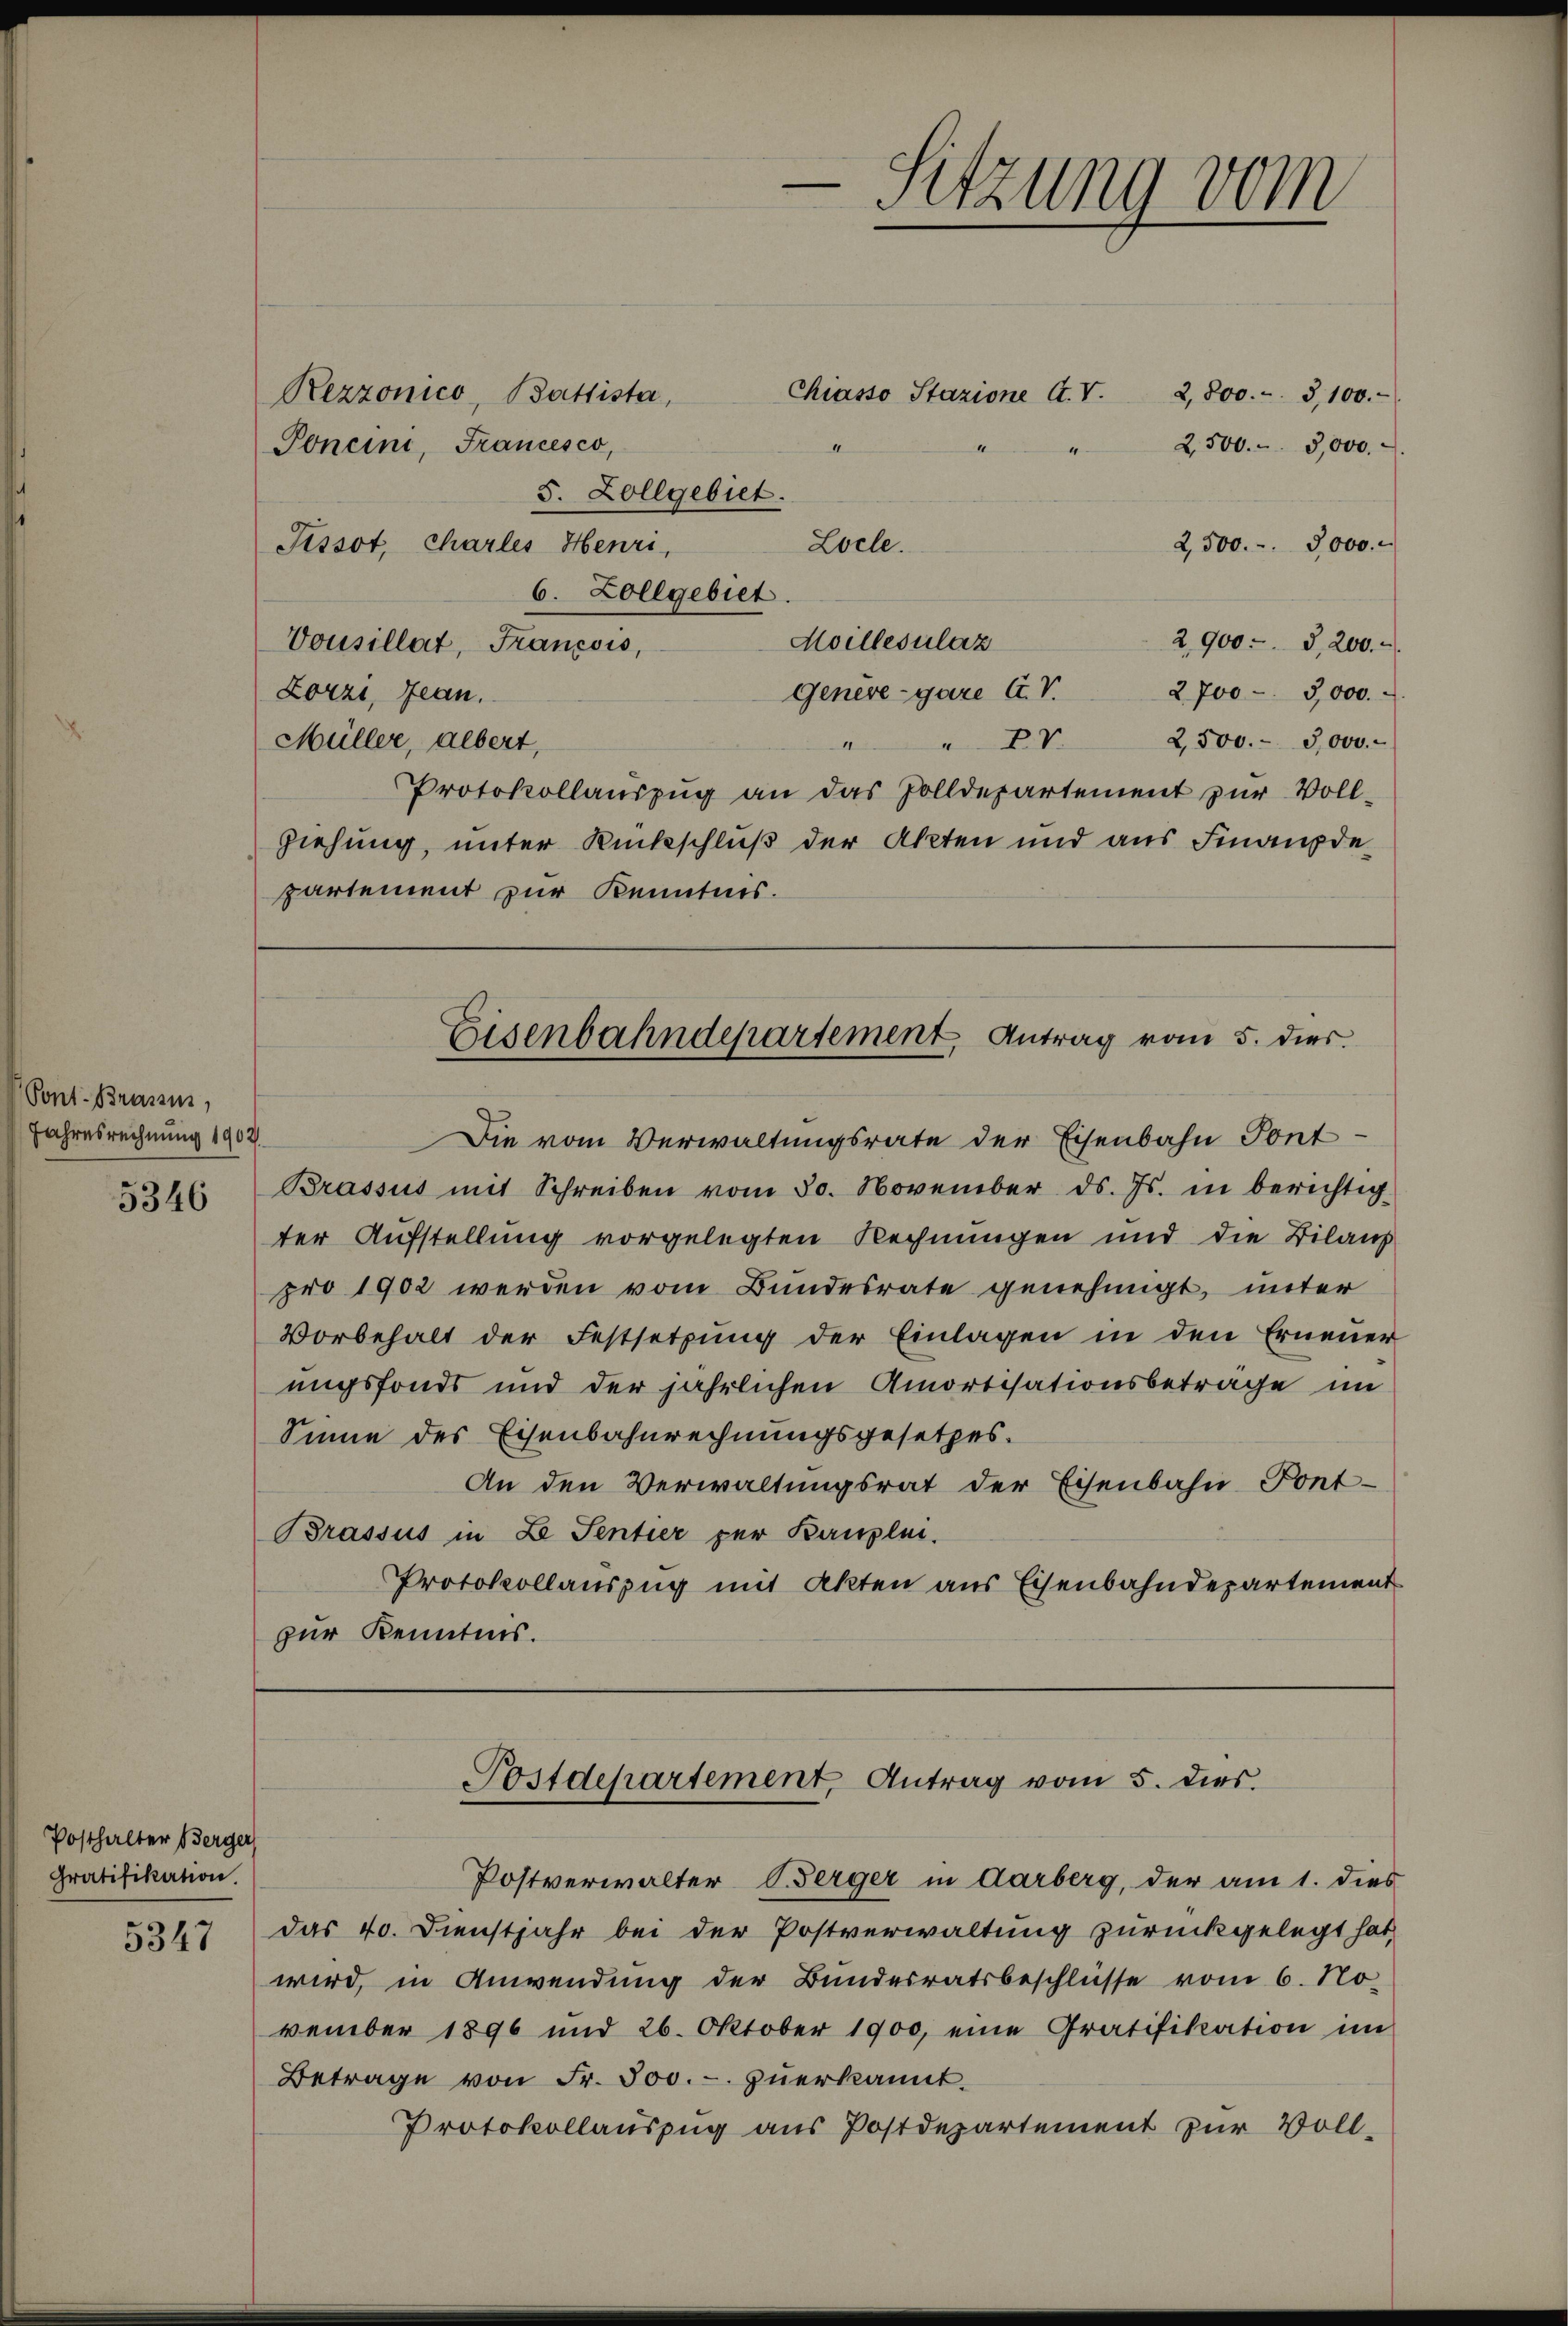
Pont. Brassen,
Jahresrechnung 1902.

5346

Posthalter Berger
Gratifikation.
5347

Chiasso Stazione A. V.
2,800.- 3,100.
Rezzonico, Battista
Poneini, Francesco,
2,500.- 3,000
5. Zollgebiet.
2,500. 3000.
Fissot, Charles Henri,
Locle.
6. Zollgebiet.
Moillesulaz
2900- S, 200.
Vousillat, Francois,
2700 - 5,000.
Genèvegare G. V.
Lorzi, Jean.
Müller, albert,
" "PV 2,500.- 3,000.-
Protokollauszug an das Zolldepartement zur Vollziehung, unter Rückschluß der Akten und aus Finanzdepartement zur Kenntnis.

-Sitzung vom

Die vom Verwaltungsrate der Eisenbahn Pont
Brassus mit Schreiben vom 30. November ds. Js. in berichtig-
ter Aufstellung vorgelegten Rechnungen und die Bilans
pro 1902 werden vom Bundesrate genehmigt, unter
Vorbehalt der Festsetzŭng der Einlagen in den Erneuer
ungsfonds und der jährlichen Amortisationsbetrage im
Sinne des Eisenbahnrechnungsgesetzes.
An den Verwaltungsrat der Eisenbahn Pont-
Brassus in Ze Sentier per Kanzlei.
Protokollauszug mit Akten aus Eisenbahndepartement
zur Kenntnis.

Eisenbahndepartement, Antrag vom 5. dies

Postdepartement, Antrag vom 5. dies

Postverwalter Berger in Aarberg, der am 1. dies
das 40. Dienstjahr bei der Postverwaltung zurückgelegt hat,
wird, in Anwendung der Bundesratsbeschlüsse vom 6. No-
vember 1896 und 26. Oktober 1900, eine Gratifikation im
Betrage von Fr. 300.- zŭerkannt.
Protokollauszug aus Postdepartement zur Voll-